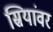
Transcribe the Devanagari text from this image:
स्रियांवर